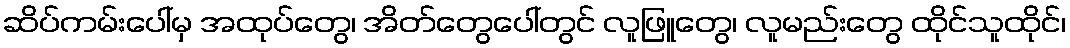
ဆိပ်ကမ်းပေါ်မှ အထုပ်တွေ၊ အိတ်တွေပေါ်တွင် လူဖြူတွေ၊ လူမည်းတွေ ထိုင်သူထိုင်၊